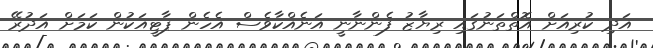
އަދި ކުރިއަށް އޮތްތަނުގައި ރިޔާޒު ފެންނާނީ އަނެއްކާވެސް އެހެން ޕާޓީއަކުން ކަމަށް އަދުރޭ